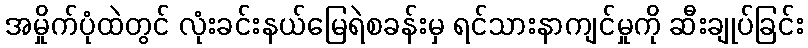
အမှိုက်ပုံထဲတွင် လုံးခင်းနယ်မြေရဲစခန်းမှ ရင်သားနာကျင်မှုကို ဆီးချုပ်ခြင်း